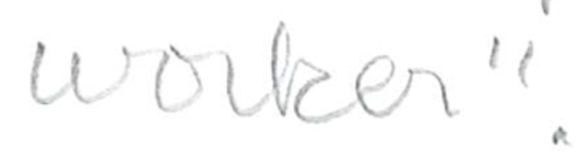
Text: worker".
Cross-out: clean
Writing tool: pencil